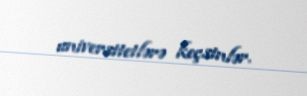
universitetlərə keçsinlər.